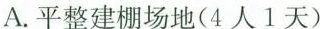
A.平整建棚场地（4人1天）